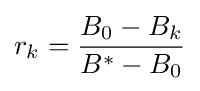
r_{k}={\frac {B_{0}-B_{k}}{B^{*}-B_{0}}}